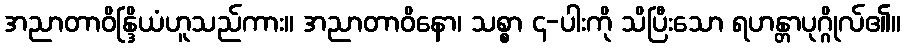
အညာတာဝိန္ဒြိယံဟူသည်ကား။ အညာတာဝိနော၊ သစ္စာ ၄-ပါးကို သိပြီးသော ရဟန္တာပုဂ္ဂိုလ်၏။